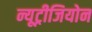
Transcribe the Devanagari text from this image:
न्यूट्रीजियोन